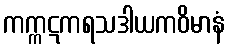
ကက္ကဋကရသဒါယကဝိမာနံ